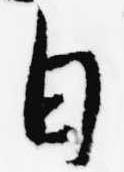
日